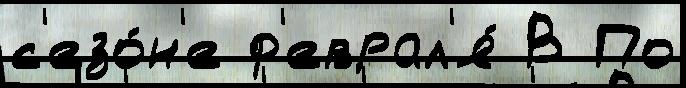
с'езо́н'е ф'еврал'я́ В По